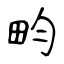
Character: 畇